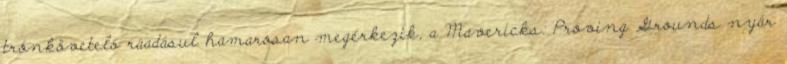
trónkövetelő ráadásul hamarosan megérkezik, a Mavericks: Proving Grounds nyár